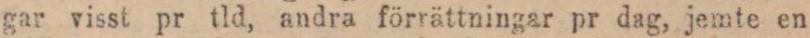
gar visst pr tld, andra förrättningar pr dag, jemte en